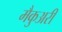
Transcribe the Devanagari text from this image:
मैकुअरी